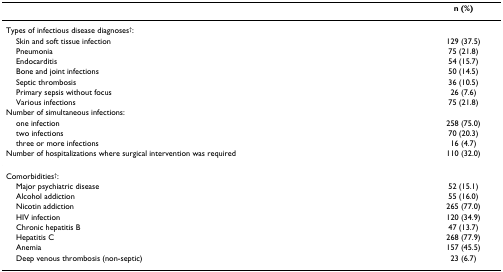
|  | n (%) |
 | --- | --- |
 | Types of infectious disease diagnoses†: |  |
 | Skin and soft tissue infection | 129 (37.5) |
 | Pneumonia | 75 (21.8) |
 | Endocarditis | 54 (15.7) |
 | Bone and joint infections | 50 (14.5) |
 | Septic thrombosis | 36 (10.5) |
 | Primary sepsis without focus | 26 (7.6) |
 | Various infections | 75 (21.8) |
 | Number of simultaneous infections: |  |
 | one infection | 258 (75.0) |
 | two infections | 70 (20.3) |
 | three or more infections | 16 (4.7) |
 | Number of hospitalizations where surgical intervention was required | 110 (32.0) |
 | Comorbidities†: |  |
 | Major psychiatric disease | 52 (15.1) |
 | Alcohol addiction | 55 (16.0) |
 | Nicotin addiction | 265 (77.0) |
 | HIV infection | 120 (34.9) |
 | Chronic hepatitis B | 47 (13.7) |
 | Hepatitis C | 268 (77.9) |
 | Anemia | 157 (45.5) |
 | Deep venous thrombosis (non-septic) | 23 (6.7) |